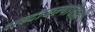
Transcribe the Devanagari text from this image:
शब्दावल्यांचाही